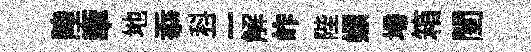
陸牽地忝科二解岞陛嫖埽箱閨